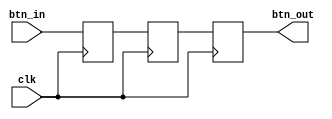
`timescale 1ns / 1ps

module sw_debounce(
    input clk,      
    input btn_in,   // using a button, not switch, works the same
    output btn_out
    );
    
    reg t0, t1, t2;
    
    always @(posedge clk) begin
        t0 <= btn_in;
        t1 <= t0;
        t2 <= t1;
    end
    
    assign btn_out = t2;
    
endmodule